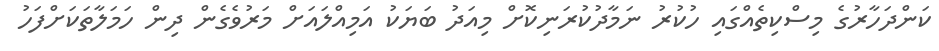
ކަންދަހާރުގެ މިސްކިތެއްގައި ހުކުރު ނަމާދުކުރަނިކޮށް މިއަދު ބަޔަކު އަމިއްލައަށް މަރުވެގެން ދިން ހަމަލާތަކަށްފަހު